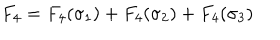
F _ { 4 } = F _ { 4 } ( \sigma _ { 1 } ) + F _ { 4 } ( \sigma _ { 2 } ) + F _ { 4 } ( \sigma _ { 3 } )